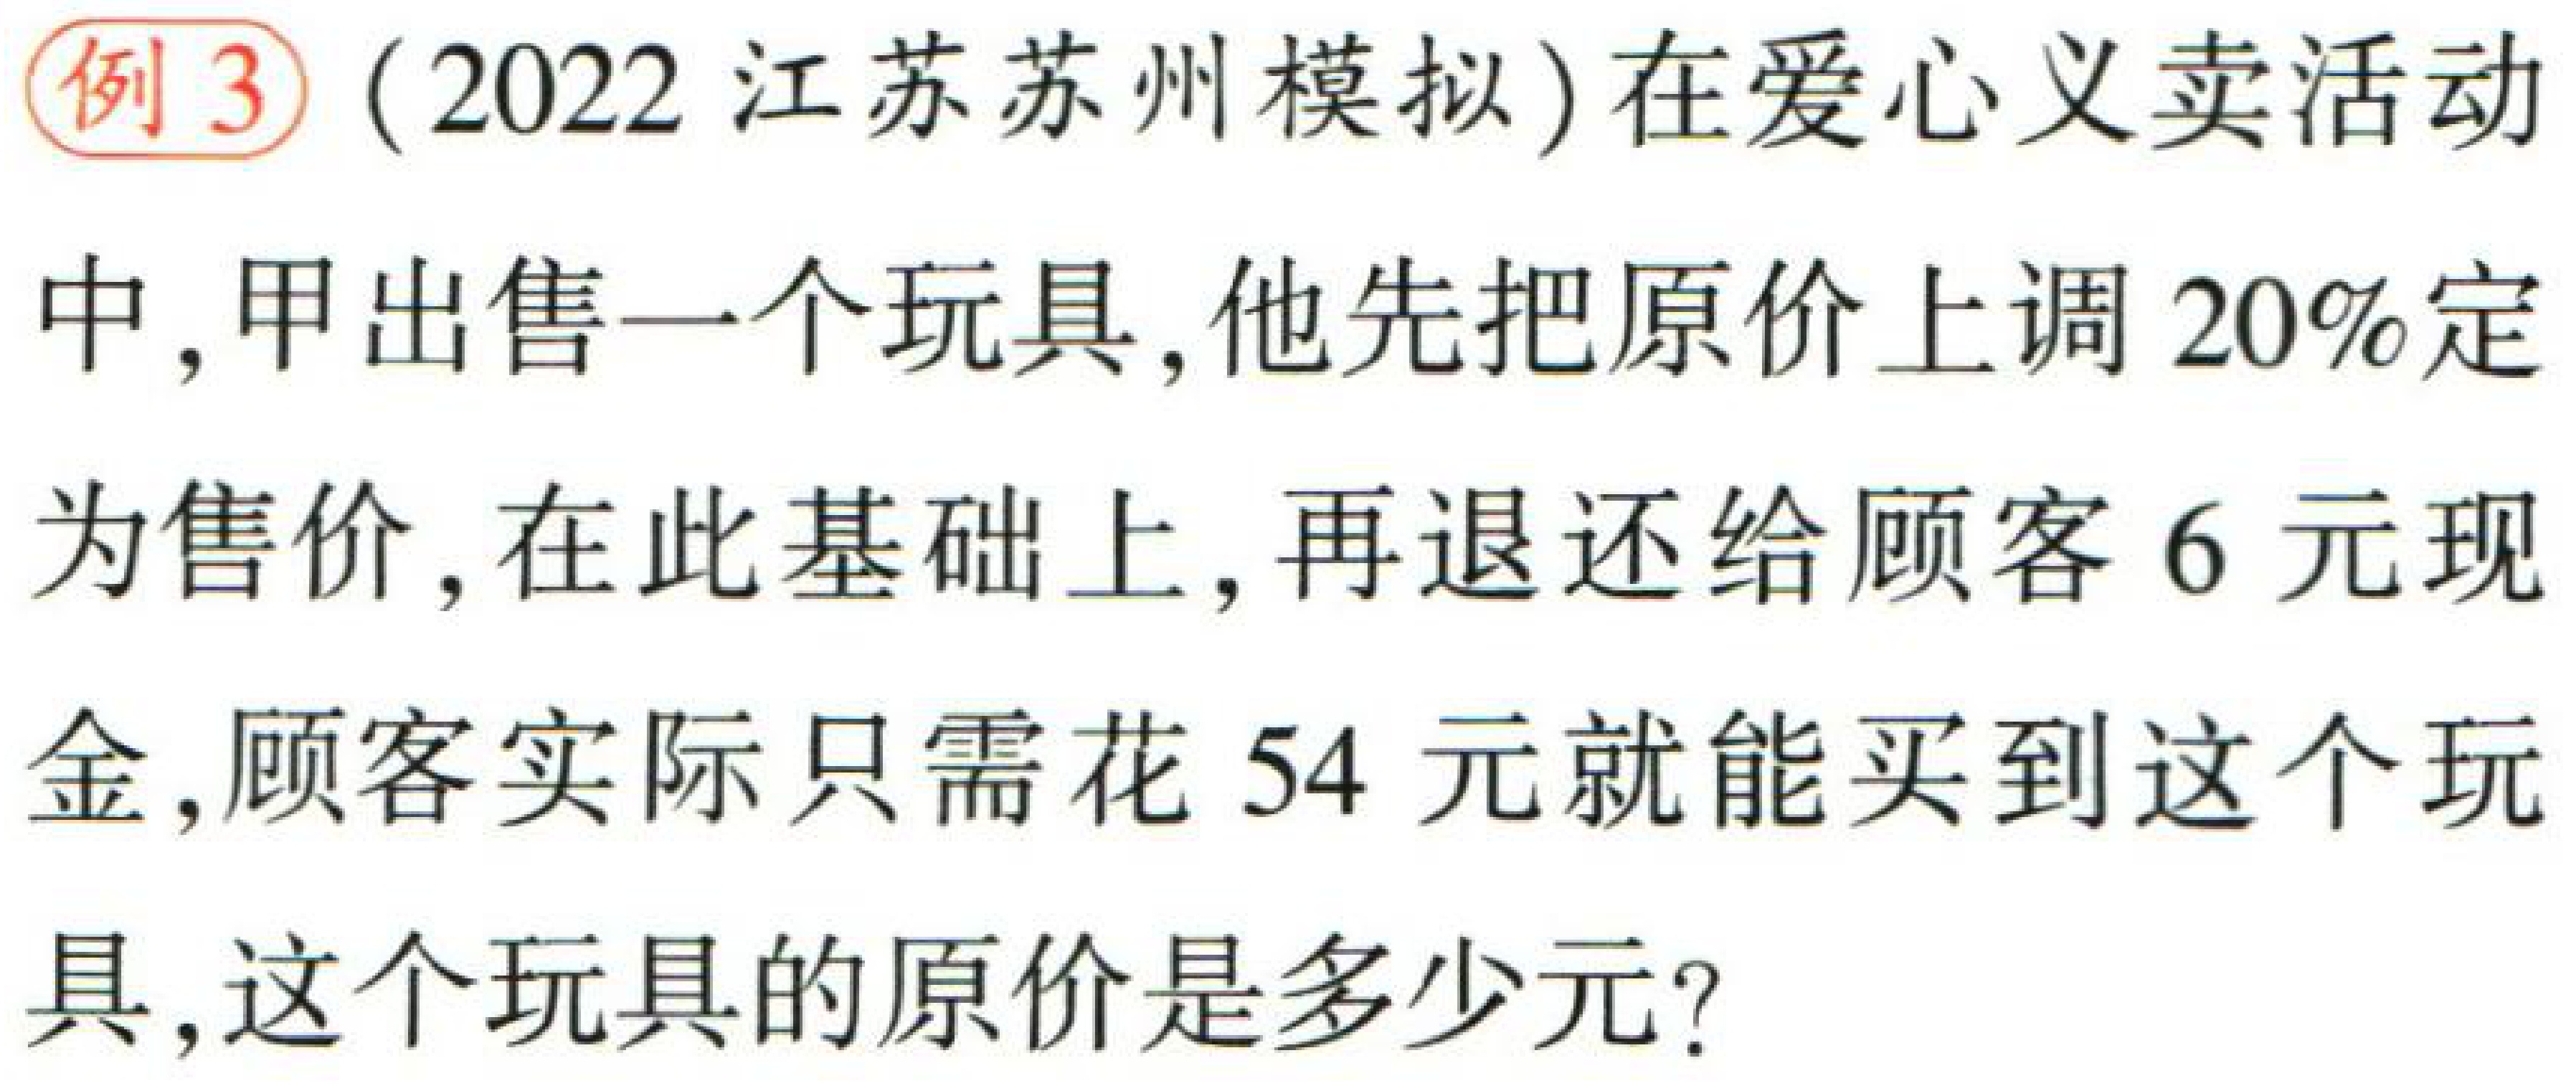
例3（2022江苏苏州模拟）在爱心义卖活动中，甲出售一个玩具，他先把原价上调20%定为售价，在此基础上，再退还给顾客6元现金，顾客实际只需花54元就能买到这个玩具，这个玩具的原价是多少元？